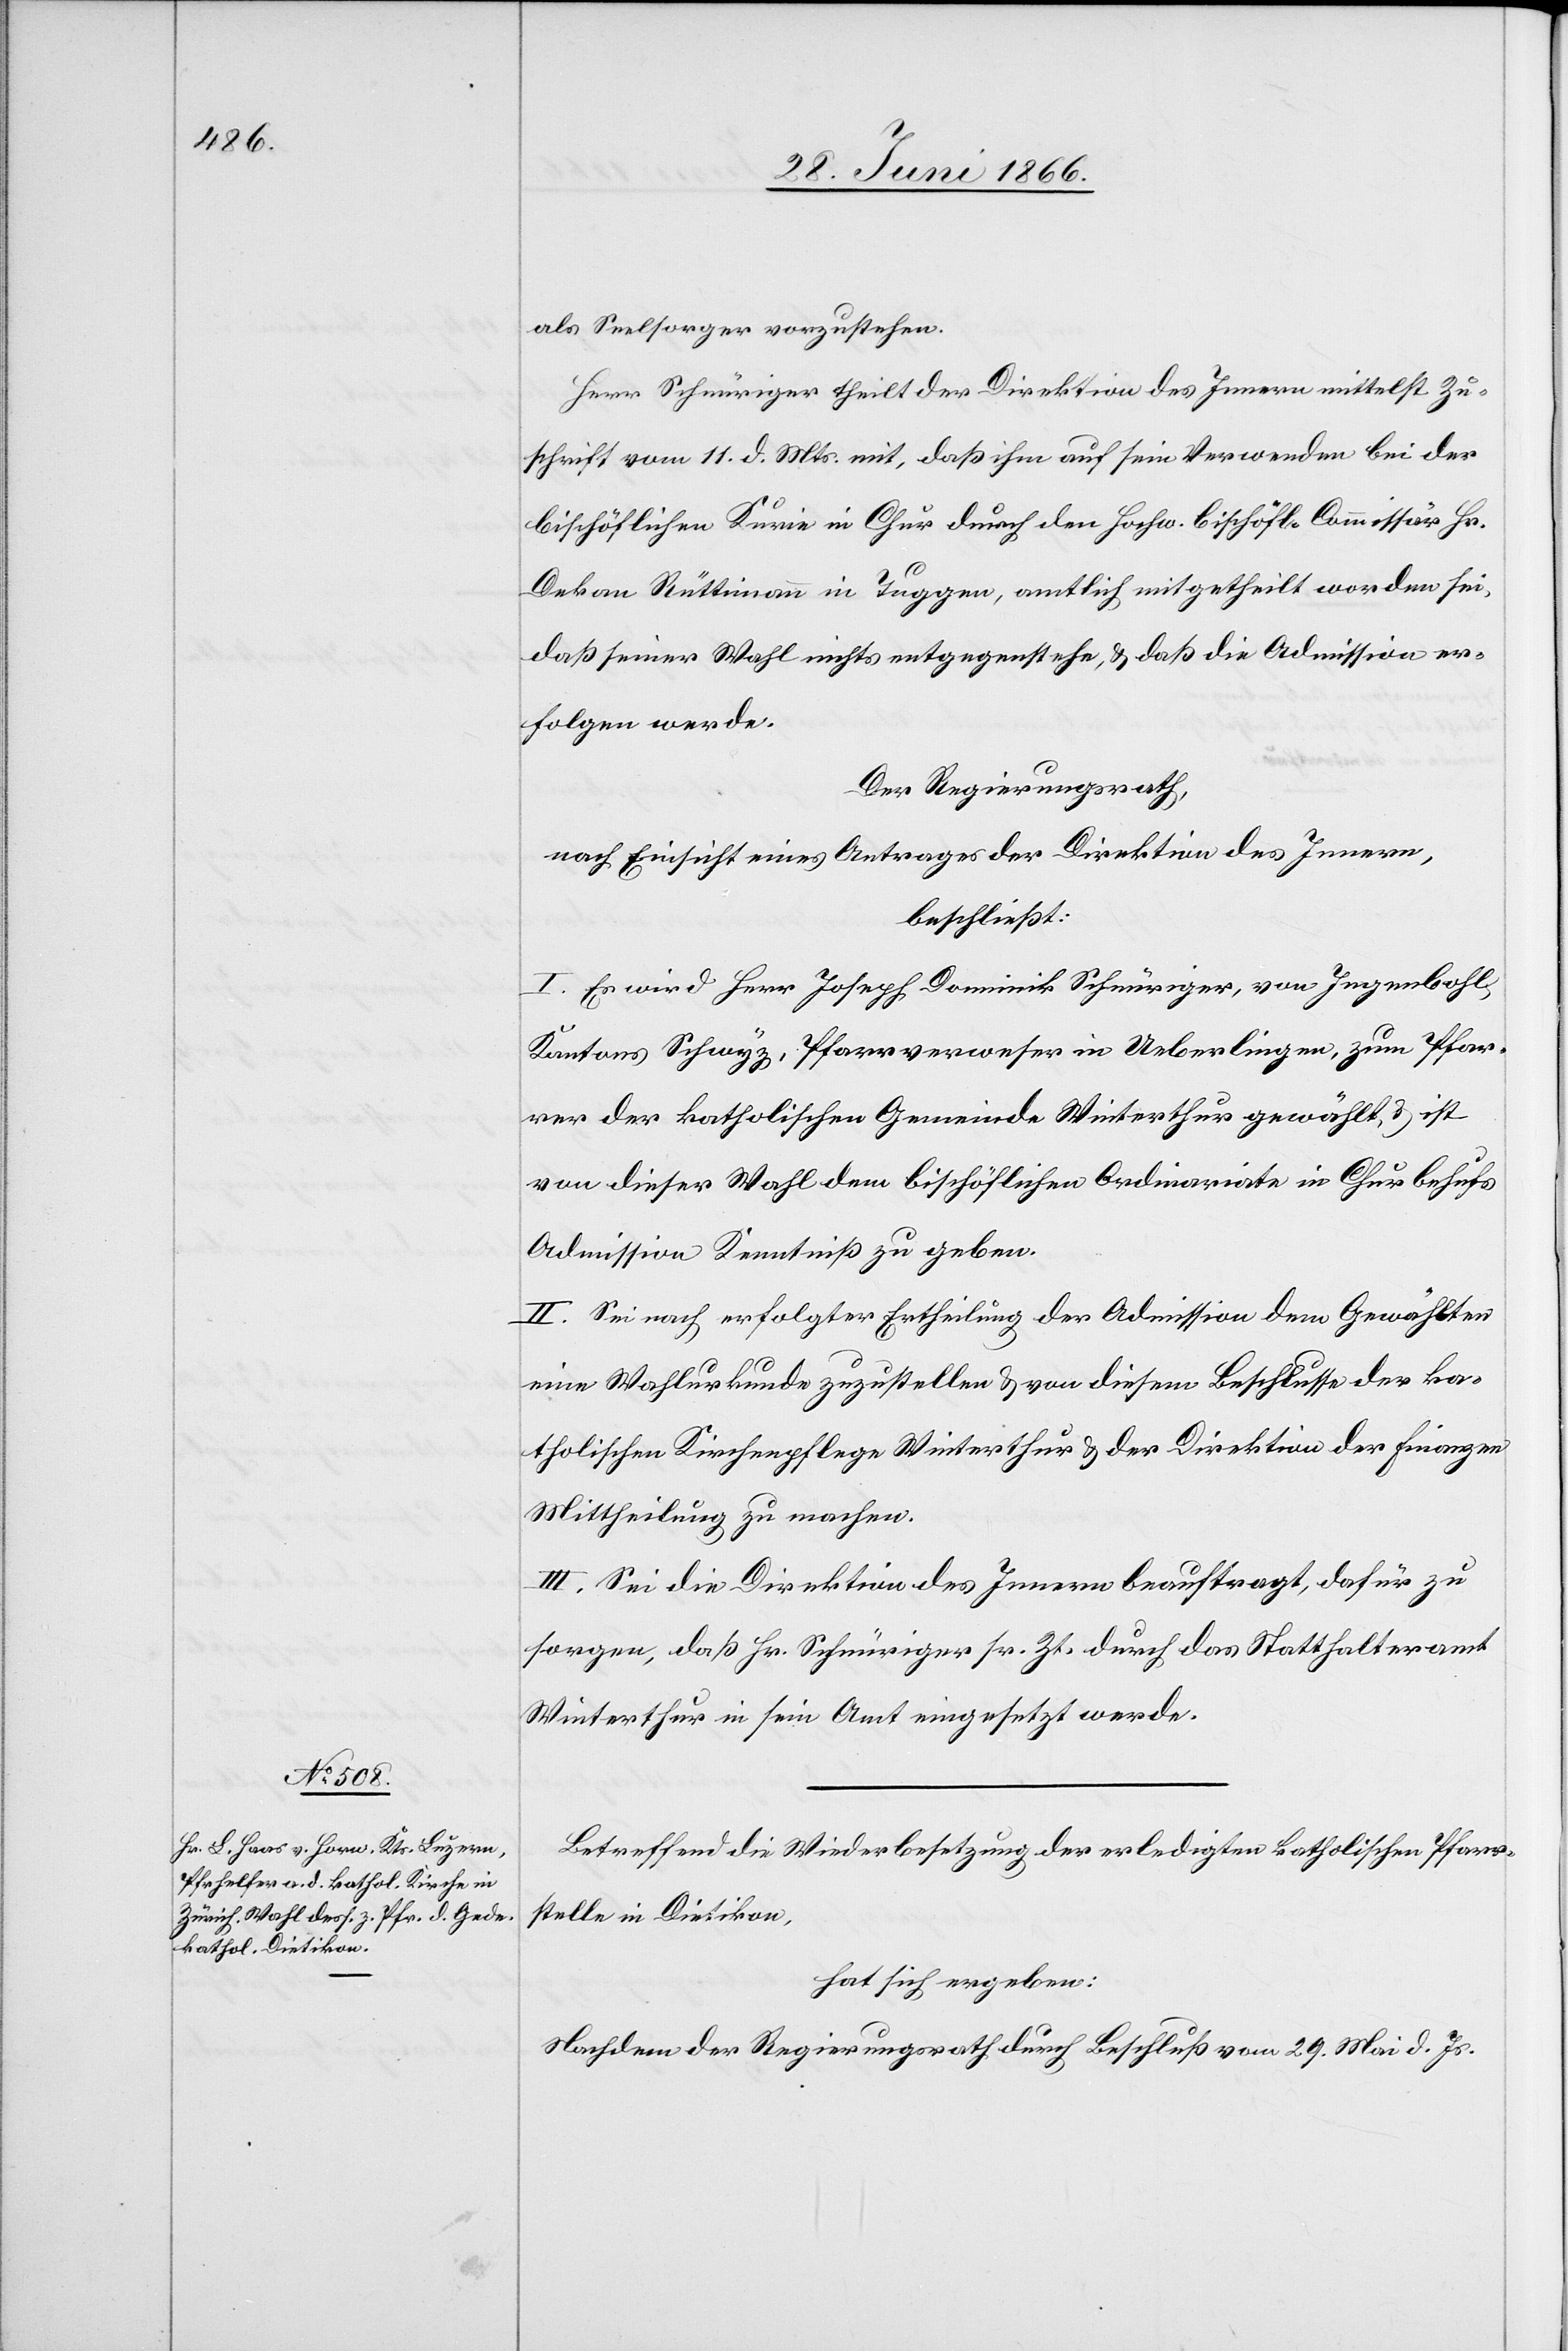
als Seelsorger vorzustehen.
Herr Schnüriger theilt der Direktion des Innern mittelst Zu¬
schrift vom 11. d. Mts mit, daß ihm auf sein Verwenden bei der
bischöflichen Kurie in Chur durch den Hochw. bischöfl. Commissär Hr.
Dekan Rüttimann in Tuggen, amtlich mitgetheilt worden sei,
daß seiner Wahl nichts entgegenstehe, u. daß die Admission er¬
folgen werde.
Der Regierungsrath,
nach Einsicht eines Antrages der Direktion des Innern,
beschließt:
I. Es wird Herr Joseph Dominik Schnüriger, von Ingenbohl,
Kantons Schwyz, Pfarrverweser in Ueberlingen, zum Pfar¬
rer der katholischen Gemeinde Winterthur gewählt u. ist
von dieser Wahl dem bischöflichen Ordinariate in Chur behufs
Admission Kenntniß zu geben.
II. Sei nach erfolgter Ertheilung der Admission dem Gewählten
eine Wahlurkunde zuzustellen u. von diesem Beschlusse der ka¬
tholischen Kirchenpflege Winterthur u. der Direktion der Finanzen
Mittheilung zu machen.
III. Sei die Direktion des Innern beauftragt, dafür zu
sorgen, daß Hr. Schnüriger sr. Zt. durch das Statthalteramt
Winterthur in sein Amt eingesetzt werde.
Betreffend die Wiederbesetzung der erledigten katholischen Pfarr¬
stelle in Dietikon,
hat sich ergeben:
Nachdem der Regierungsrath durch Beschluß vom 29. Mai d. Js.